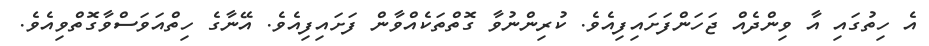
އެ ހިތުގައި އާ ވިންދެއް ޖަހަންފަށައިފިއެވެ. ކުރިންނުވާ ގޮތްތަކެއްވާން ފަށައިފިއެވެ. އޭނާގެ ހިތްއަވަސްވާގޮތްވިއެވެ.